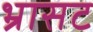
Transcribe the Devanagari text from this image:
भ्रासट